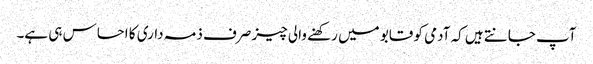
آپ جانتے ہیں کہ آدمی کو قابو میں رکھنے والی چیز صرف ذمہ داری کا احساس ہی ہے۔